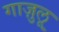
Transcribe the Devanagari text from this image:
गाज़ुलू